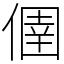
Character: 㒁